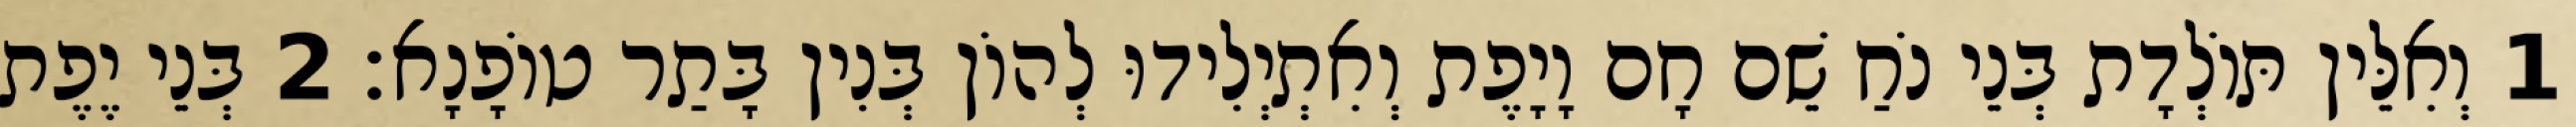
1 וְאִלֵּין תּוֹלְדָת בְּנֵי נֹחַ שֵׁם חָם וָיָפֶת וְאִתְיְלִידוּ לְהוֹן בְּנִין בָּתַר טוֹפָנָא׃ 2 בְּנֵי יֶפֶת